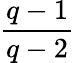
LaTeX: \frac{q-1}{q-2}